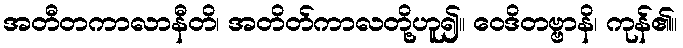
အတီတကာလာနီတိ၊ အတိတ်ကာလတို့ဟူ၍။ ဝေဒိတဗ္ဗာနိ၊ ကုန်၏။